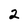
Character: 2